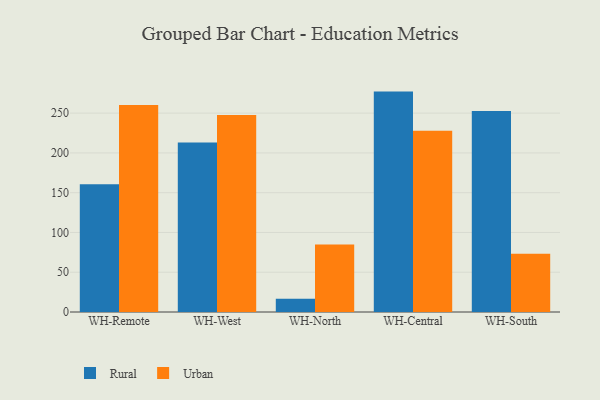
{"axis": {"x": "Warehouse", "y": "LTV (USD)"}, "legend": ["Rural", "Urban"], "data": [{"x": "WH-Remote", "y": 160.5, "type": "Rural"}, {"x": "WH-Remote", "y": 260.1, "type": "Urban"}, {"x": "WH-West", "y": 213.0, "type": "Rural"}, {"x": "WH-West", "y": 247.8, "type": "Urban"}, {"x": "WH-North", "y": 16.8, "type": "Rural"}, {"x": "WH-North", "y": 85.0, "type": "Urban"}, {"x": "WH-Central", "y": 277.1, "type": "Rural"}, {"x": "WH-Central", "y": 227.8, "type": "Urban"}, {"x": "WH-South", "y": 252.8, "type": "Rural"}, {"x": "WH-South", "y": 73.2, "type": "Urban"}]}